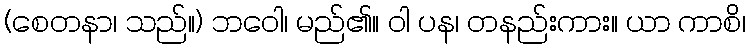
(စေတနာ၊ သည်။) ဘဝေါ၊ မည်၏။ ဝါ ပန၊ တနည်းကား။ ယာ ကာစိ၊